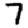
Digit: 7